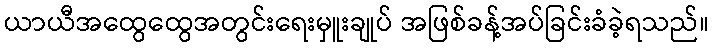
ယာယီအထွေထွေအတွင်းရေးမှူးချုပ် အဖြစ်ခန့်အပ်ခြင်းခံခဲ့ရသည်။